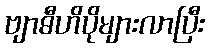
ဗျာဓီဟိပိုများလာပြီး